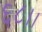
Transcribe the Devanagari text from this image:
६८।।